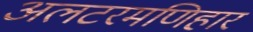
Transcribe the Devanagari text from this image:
अलटरमणिहार